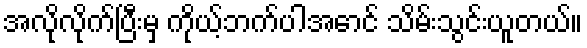
အလိုလိုက်ပြီးမှ ကိုယ့်ဘက်ပါအောင် သိမ်းသွင်းယူတယ်။